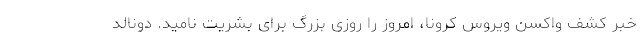
خبر کشف واکسن ویروس کرونا، امروز را روزی بزرگ برای بشریت نامید. دونالد